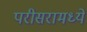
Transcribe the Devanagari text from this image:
परीसरामध्ये